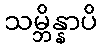
သမ္ဘိန္နာပိ